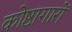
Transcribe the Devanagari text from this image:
कोष्ठागारों